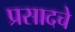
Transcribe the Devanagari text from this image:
प्रसादचे